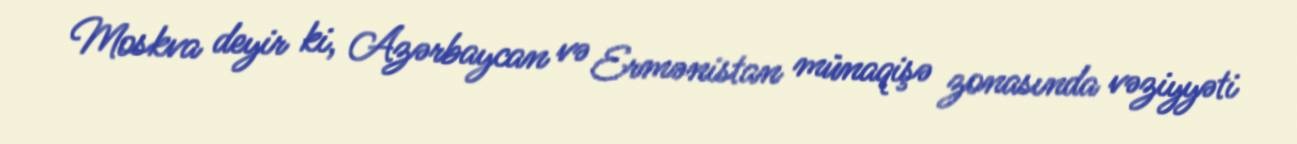
Moskva deyir ki, Azərbaycan və Ermənistan münaqişə zonasında vəziyyəti